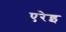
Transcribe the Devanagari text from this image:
एरेइ